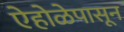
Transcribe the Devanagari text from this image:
ऐहोळेपासून